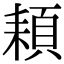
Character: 頛